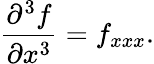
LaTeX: {\frac{\partial^{3}f}{\partial x^{3}}}=f_{xxx}.